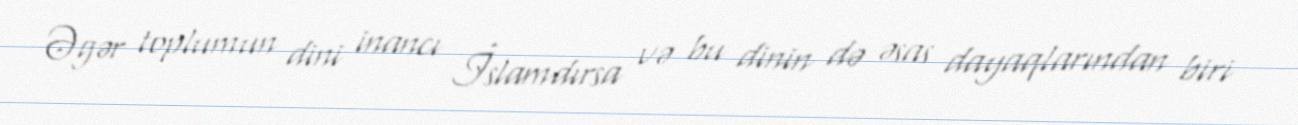
Əgər toplumun dini inancı İslamdırsa və bu dinin də əsas dayaqlarından biri